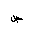
Letter: _sad